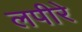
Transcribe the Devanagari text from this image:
लपीरे